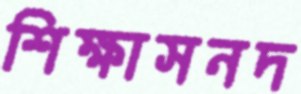
শিক্ষাসনদ